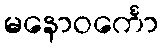
မနောဝင်္ကော